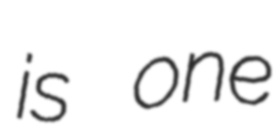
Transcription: is one